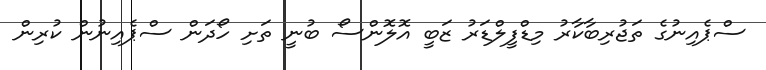
ސްޕެއިނުގެ ތަޖުރިބާކާރު މިޑްފީލްޑަރު ޒަބީ އޮލޮންސޯ ބުނީ ތަށި ހޯދަން ސްޕެއިނުން ކުރިން